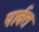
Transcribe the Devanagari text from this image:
पार्वत